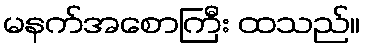
မနက်အစောကြီး ထသည်။